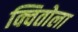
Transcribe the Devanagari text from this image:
क्वितोला